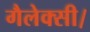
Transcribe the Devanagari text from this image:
गैलेक्सी।